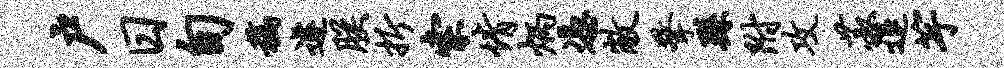
户日旬稿遽朕折索情炳凭敝擎繇附攻菽退竽